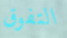
التفوق